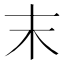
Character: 末